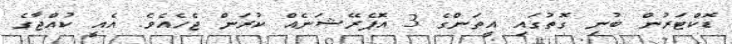
ޑޮކްޓަރުން ބުނި ގޮތުގައި އީތަންގެ 3 އޮޕެރޭޝަނެއް ކުރަން ޖެހެއެވެ. އެއީ ކުއްޖާގެ